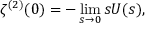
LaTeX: \zeta ^ { ( 2 ) } ( 0 ) = - \operatorname * { l i m } _ { s \rightarrow 0 } s U ( s ) ,